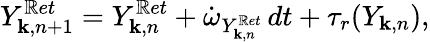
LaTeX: Y_{\mathbf{k},n+1}^{\mathbb{R}et}=Y_{\mathbf{k},n}^{\mathbb{R}et}+\dot{{\omega}}_{Y_{\mathbf{k},n}^{\mathbb{R}et}}\, dt+\tau_{r}(Y_{\mathbf{k},n}),